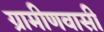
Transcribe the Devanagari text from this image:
ग्रामीणवासी